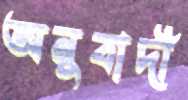
অনুবাদী